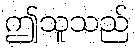
ဤသူသည်